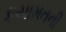
કયામતની